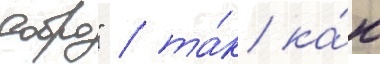
добро" / та́к ка́к